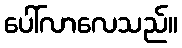
ပေါ်လာလေသည်။